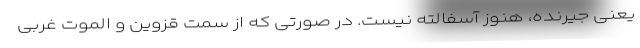
یعنی جیرنده، هنوز آسفالته نیست. در صورتی که از سمت قزوین و الموت غربی